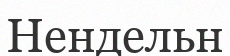
Нендельн